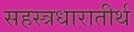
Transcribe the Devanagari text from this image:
सहस्त्रधारातीर्थ